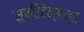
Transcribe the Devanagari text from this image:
सुपरिंटेन्डन्ट